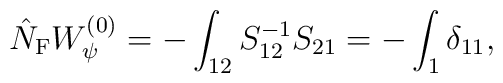
\hat{N}_{\rm F}W_{\psi}^{(0)}=-\int_{12}S^{-1}_{12}S_{21}=-\int_1\delta_{11},